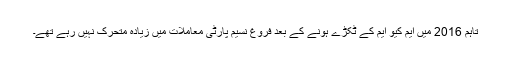
تاہم 2016 میں ایم کیو ایم کے ٹکڑے ہونے کے بعد فروغ نسیم پارٹی معاملات میں زیادہ متحرک نہیں رہے تھے۔